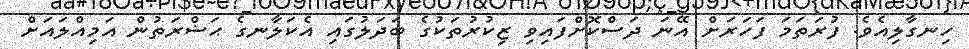
ހިނގާލިއެވެ. ފުރަތަމަ ފަހަރަށް އޭނަ ދަސްކޮށްފައިވި ޒިކުރުތަކުގެ ބަދަލުގައި އެކަލާނގެ ޙަޟްރަތުން އަމިއްލައަށް